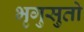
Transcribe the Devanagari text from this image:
भृगुसुतो